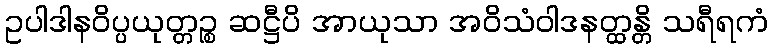
ဥပါဒါနဝိပ္ပယုတ္တဉ္စ ဆဋ္ဌီပိ အာယုသာ အဝိသံဝါဒနတ္ထန္တိ သရီရကံ